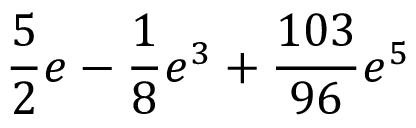
\frac { 5 } { 2 } e - \frac { 1 } { 8 } e ^ { 3 } + \frac { 1 0 3 } { 9 6 } e ^ { 5 }